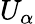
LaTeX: U_{\alpha}